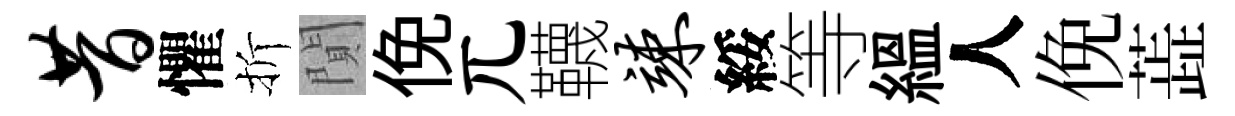
昔懼折閴俛兀韈竦綏等緼人俛蕋